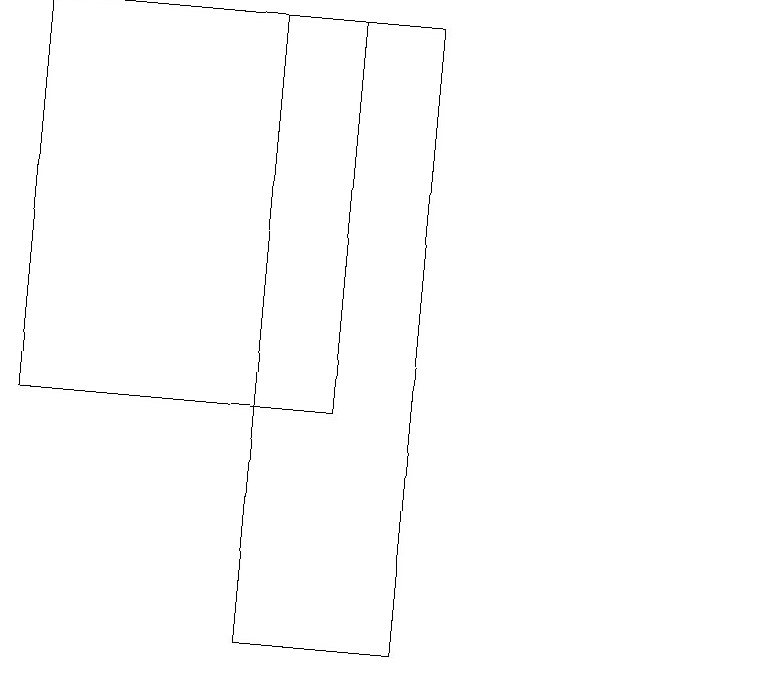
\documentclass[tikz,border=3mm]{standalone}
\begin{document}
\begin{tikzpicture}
\draw (5,19) rectangle (1,14);
\draw (10,11) circle (0);
\draw (4,11) rectangle (6,19);
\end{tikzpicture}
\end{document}